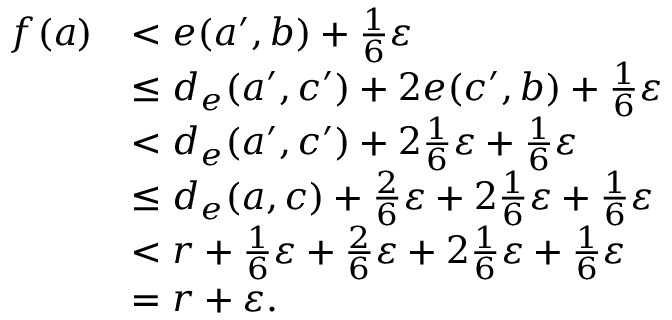
\begin{array} { r l } { f ( a ) } & { < e ( a ^ { \prime } , b ) + \frac { 1 } { 6 } \varepsilon } \\ & { \leq d _ { e } ( a ^ { \prime } , c ^ { \prime } ) + 2 e ( c ^ { \prime } , b ) + \frac { 1 } { 6 } \varepsilon } \\ & { < d _ { e } ( a ^ { \prime } , c ^ { \prime } ) + 2 \frac { 1 } { 6 } \varepsilon + \frac { 1 } { 6 } \varepsilon } \\ & { \leq d _ { e } ( a , c ) + \frac { 2 } { 6 } \varepsilon + 2 \frac { 1 } { 6 } \varepsilon + \frac { 1 } { 6 } \varepsilon } \\ & { < r + \frac { 1 } { 6 } \varepsilon + \frac { 2 } { 6 } \varepsilon + 2 \frac { 1 } { 6 } \varepsilon + \frac { 1 } { 6 } \varepsilon } \\ & { = r + \varepsilon . } \end{array}